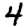
Digit: 4